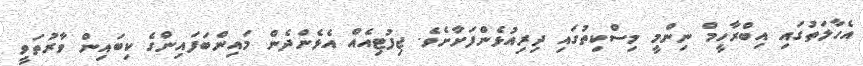
އެހާލަތުގައި އިބްރާހީމް ނިންމީ މިސްކިތުގައި ދިރިއުޅެންފަށާށެވެ. ޖިފުޓިއެއް އެޅެންދެން މައިންބަފައިންގެ ކިބައިން ވާރުތަވީ